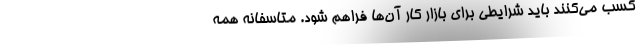
کسب می‌کنند باید شرایطی برای بازار کار آن‌ها فراهم شود. متاسفانه همه